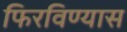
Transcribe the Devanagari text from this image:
फिरविण्यास